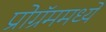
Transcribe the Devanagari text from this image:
प्रोग्रॅममध्ये